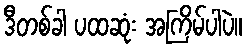
ဒီတစ်ခါ ပထဆုံး အကြိမ်ပါပဲ။